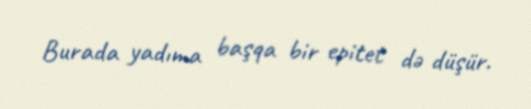
Burada yadıma başqa bir epitet də düşür.